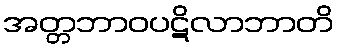
အတ္တဘာဝပဋိလာဘာတိ